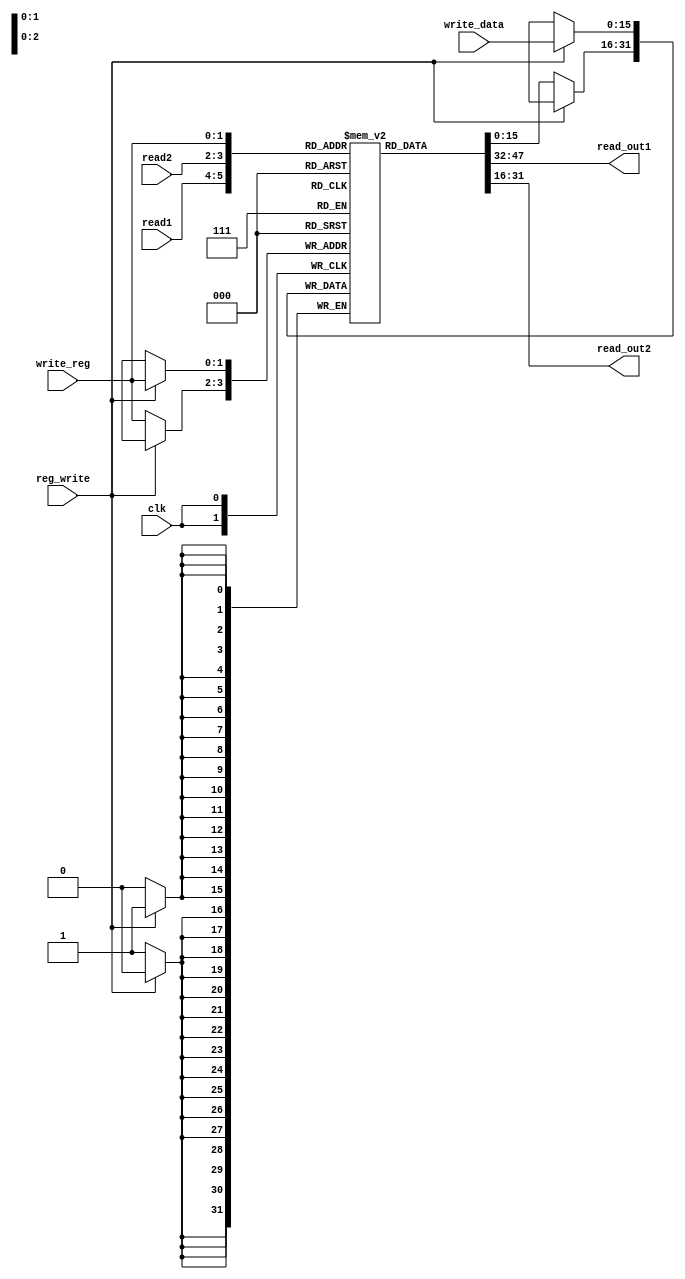
module register_file (read_out1, read_out2, read1, read2, write_reg, write_data, reg_write, clk); 
    output [15:0] read_out1;
    output [15:0] read_out2;
    input [1:0] read1;
    input [1:0] read2;
    input [1:0] write_reg;
    input [15:0] write_data;
    input reg_write;
    input clk;

    reg [15:0] RF [3:0]; // 4 registers each 16 bits long
    
    initial begin
        RF[0] = 16'b0;
        RF[1] = 16'b0;
        RF[2] = 16'b0;
        RF[3] = 16'b0;
    end
    
    assign read_out1 = RF[read1];
    assign read_out2 = RF[read2];

    always @(posedge clk) begin
        // write back if reg_write is high
        if (reg_write) RF[write_reg] <= write_data;
        else RF[write_reg] <= RF[write_reg];
    end
endmodule